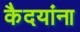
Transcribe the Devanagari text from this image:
कैदयांना